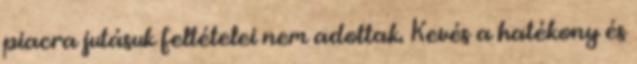
piacra jutásuk feltételei nem adottak. Kevés a hatékony és